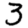
Digit: 3